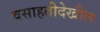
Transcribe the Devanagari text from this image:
वसाहतीदेखील